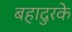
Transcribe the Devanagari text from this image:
बहादुरके